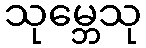
သုမ္ဘေသု